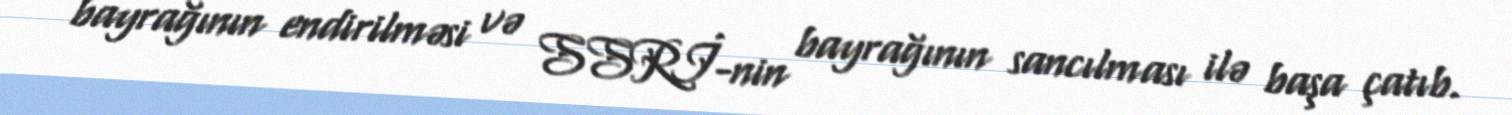
bayrağının endirilməsi və SSRİ-nin bayrağının sancılması ilə başa çatıb.